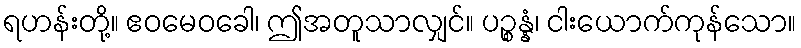
ရဟန်းတို့။ ဧဝမေဝခေါ၊ ဤအတူသာလျှင်။ ပဉ္စန္နံ၊ ငါးယောက်ကုန်သော။